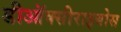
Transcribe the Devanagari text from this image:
डीऑक्सीराइबोस